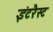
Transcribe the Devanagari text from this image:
इंटरैस्ट